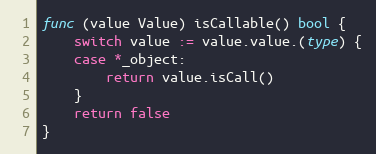
Language: Go
func (value Value) isCallable() bool {
	switch value := value.value.(type) {
	case *_object:
		return value.isCall()
	}
	return false
}